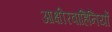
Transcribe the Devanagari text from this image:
आक्षीरवाहिनियों